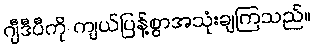
ဂျီဒီပီကို ကျယ်ပြန့်စွာအသုံးချကြသည်။